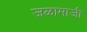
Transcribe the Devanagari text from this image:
जळामाजी